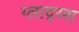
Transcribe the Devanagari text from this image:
ग्लाद्य्स